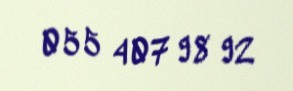
055 407 98 92